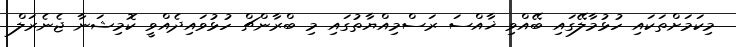
މިކަމަށްތަކައި ހުޅުމާލޭގައި ބޭއްވި ޚާއްސަ ރަސްމިއްޔާތުގައި މި ބްރާންޗް ހުޅުވައިދެއްވީ ކޮމިޝަނާ ޖެނެރަލް